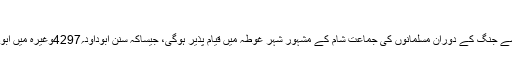
(سنن نسائی؍3177، صحیح الجامع؍4012)
دجال سے معرکہ کے دوران مسلمانوں کا پڑاؤ: دجال سے جنگ کے دوران مسلمانوں کی جماعت شام کے مشہور شہر غوطہ میں قیام پذیر ہوگی، جیساکہ سنن ابوداود؍4297وغیرہ میں ابودرداء رضی اللہ عنہ سے صحیح حدیث میں مروی ہے۔